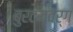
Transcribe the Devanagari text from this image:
बुरटनवर्ग